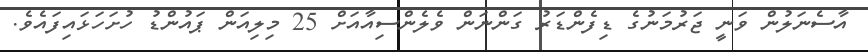
އާސެނަލުން ވަނީ ޖަރުމަނުގެ ޑިފެންޑަރު ގަންނަން ވެލެންސިއާއަށް 25 މިލިއަން ޕައުންޑު ހުށަހަޅައިފައެވެ.